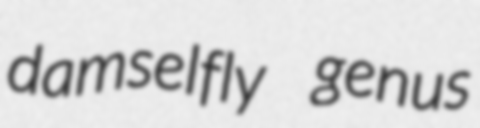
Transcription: damselfly genus